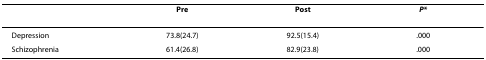
<table><thead><tr><td></td><td><b>Pre</b></td><td><b>Post</b></td><td><b><i>P</i>*</b></td></tr></thead><tbody><tr><td>Depression</td><td>73.8(24.7)</td><td>92.5(15.4)</td><td>.000</td></tr><tr><td>Schizophrenia</td><td>61.4(26.8)</td><td>82.9(23.8)</td><td>.000</td></tr></tbody></table>